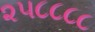
૨૫૮૮૮૮